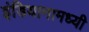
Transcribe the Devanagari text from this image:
इंडियानामध्यी